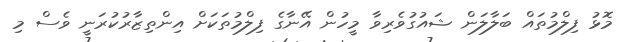
މޮޅު ފިލްމުތައް ބަލާލަން ޝައުގުވެރިވާ މީހުން އޭނާގެ ފިލްމުތަކަށް އިންތިޒާރުކުރަނީ ވެސް މި